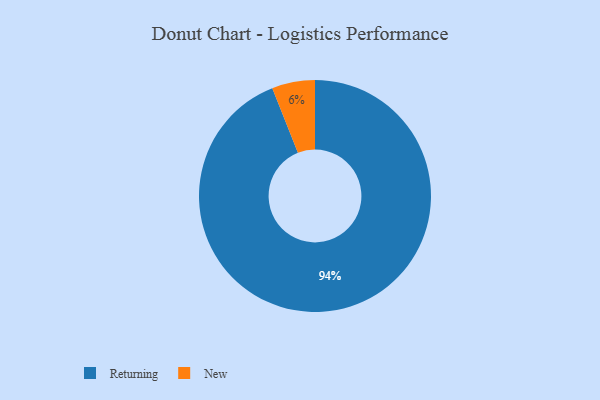
{"axis": {"x": "Category", "y": "Percentage"}, "legend": ["New", "Returning"], "data": [{"x": "Returning", "y": 94, "type": "Returning"}, {"x": "New", "y": 6, "type": "New"}]}